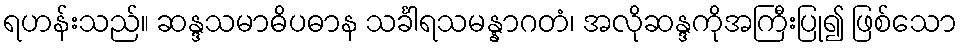
ရဟန်းသည်။ ဆန္ဒသမာဓိပဓာန သင်္ခါရသမန္နာဂတံ၊ အလိုဆန္ဒကိုအကြီးပြု၍ ဖြစ်သော